Report on horse surra - Volume I
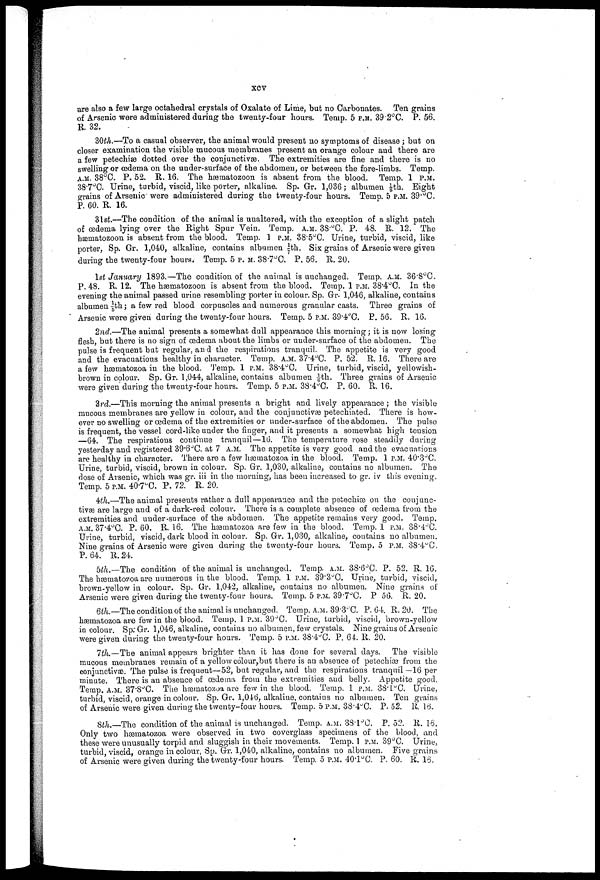
xcv
are also a few large octahedral crystals of Oxalate of Lime, but no Carbonates. Ten grains
of Arsenic were administered during the twenty-four hours. Temp. 5 P.M. 39.2°C. P. 56.
R. 32.
30th.—To a casual observer, the animal would present no symptoms of disease ; but on
closer examination the visible mucous membranes present an orange colour and there are
a few petechias dotted over the conjunctivae. The extremities are fine and there is no
swelling or œdema on the under-surface of the abdomen, or between the fore-limbs. Temp.
A.M. 38°C. P. 52. R. 16. The hæmatozoon is absent from the blood. Temp. 1 P.M.
38.7°C. Urine, turbid, viscid, like porter, alkaline. Sp. Gr. 1,036; albumen ⅛th. Eight
grains of Arsenic were administered during the twenty-four hours. Temp. 5 P.M. 39.°C.
P. 60. R. 16.
31st.—The condition of the animal is unaltered, with the exception of a slight patch
of œdema lying over the Right Spur Vein. Temp. A.M. 38.°C. P. 48. R. 12. The
hæmatozoon is absent from the blood. Temp. 1 P.M. 38.5°C. Urine, turbid, viscid, like
porter, Sp. Gr. 1,040, alkaline, contains albumen 1/7|th. Six grains of Arsenic were given
during the twenty-four hours. Temp. 5 P.M. 38.7°C. P. 56. R. 20.
1st January 1893.—The condition of the animal is unchanged. Temp. A.M. 36.8°C.
P. 48. R. 12. The hæmatozoon is absent from the blood. Temp. 1 P.M. 38.4°C. In the
evening the animal passed urine resembling porter in colour. Sp. Gr. 1,046, alkaline, contains
albumen 1/5th; a few red blood corpuscles and numerous granular casts. Three grains of
Arsenic were given during the twenty-four hours. Temp. 5 P.M. 39.4°C. P. 56. R. 16.
2nd.—The animal presents a somewhat dull appearance this morning; it is now losing
flesh, but there is no sign of œdema about the limbs or under-surface of the abdomen. The
pulse is frequent but regular, and the respirations tranquil. The appetite is very good
and the evacuatious healthy in character. Temp. A.M. 37.4°C. P. 52. R. 16. There are
a few hæmatozoa in the blood. Temp. 1 P.M. 38.4°C. Urine, turbid, viscid, yellowish-
brown in colour. Sp. Gr. 1,044, alkaline, contains albumen -1/6th. Three grains of Arsenic
were given during the twenty-four hours. Temp. 5 P.M. 38.4°C. P. 60. R. 16.
3rd.—This morning the animal presents a bright and lively appearance; the visible
mucous membranes are yellow in colour, and the conjunctivae petechiated. There is how
ever no swelling or œdema of the extremities or under-surface of the abdomen. The pulse
is frequent, the vessel cord-like under the finger, and it presents a somewhat high tension
—64. The respirations continue tranquil—16. The temperature rose steadily during
yesterday and registered 39.6°C. at 7 A.M. The appetite is very good and the evacuations
are healthy in character. There are a few hæmatozoa in the blood. Temp. 1 P.M. 40.3°C.
Urine, turbid, viscid, brown in colour. Sp. Gr. 1,030, alkaline, contains no albumen. The
dose of Arsenic, which was gr. iii in the morning, has been increased to gr. iv this evening.
Temp. 5 P.M. 40.7°C. P. 72. R. 20.
4th.—The animal presents rather a dull appearance and the petechiæ on the conjunc
tivae are large and of a dark-red colour. There is a complete absence of œdema from the
extremities and under-surface of the abdomen. The appetite remains very good. Temp.
A.M. 37.4°C. P. 60. R. 16. The hæmatozoa are few in the blood. Temp. 1 P.M. 38.4°C.
Urine, turbid, viscid, dark blood in colour. Sp. Gr. 1,030, alkaline, contains no albumen.
Nine grains of Arsenic were given during the twenty-four hours. Temp. 5 P.M. 38.4°C.
P. 64. R.24.
5th.—The condition of the animal is unchauged. Temp. A.M. 38.6°C. P. 52. R. 16.
The hæmatozoa are numerous in the blood. Temp. 1 P.M. 39.3°C. Urine, turbid, viscid,
brown-yellow in colour. Sp. Gr. 1,042, alkaline, contains no albumen. Nine grains of
Arsenic were given during the twenty-four hours. Temp. 5 P.M. 39.7°C. P 56. R. 20.
6th.—The condition of the animal is unchanged. Temp. A.M. 39.3°C. P. 64. R. 20. The
hæmatozoa are few in the blood. Temp. 1 P.M. 39°C. Urine, turbid, viscid, brown-yellow
in colour. Sp. Gr. 1,046, alkaline, contains no albumen, few crystals. Nine grains of Arsenic
were given during the twenty-four hours. Temp. 5 P.M. 38.4°C. P. 64. R. 20.
1th.—The animal appears brighter than it has done for several clays. The visible
mucous membranes remain of a yellow colour, but there is an absence of petechia? from the
conjunctivas. The pulse is frequent—52, but regular, and the respirations tranquil —16 per
minute. There is an absence of œdema from the extremities and belly. Appetite good.
Temp. A.M. 37.8°C. The hæmatozoa are few in the blood. Temp. 1 P.M. 38.l°C. Urine,
turbid, viscid, orange in colour. Sp. Gr. 1,046, alkaline, contains no albumen. Ten grains
of Arsenic were given during the twenty-four hours. Temp. 5 P.M. 38.4°C. P. 52. R. 16.
8th.—The condition of the animal is unchanged. Temp. A.M. 331°C. P. 52. R. 16.
Only two hæmatozoa were observed in two coverglass specimens of the blood, and
these were unusually torpid and sluggish in their movements. Temp. 1 P.M. 39°C. Urine,
turbid, viscid, orange in colour, Sp. Gr. 1,040, alkaline, contains no albumen. Five grains
of Arsenic were given during the twenty-four hours. Temp. 5 P.M. 40.1°C. P. 60. R. 16.